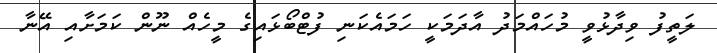
ލަތީފު ވިދާޅުވީ މުހައްމަދު އާދަމަކީ ހަމައެކަނި ފުޓްބޯޅައިގެ މީހެއް ނޫން ކަމަށާއި އޭނާ